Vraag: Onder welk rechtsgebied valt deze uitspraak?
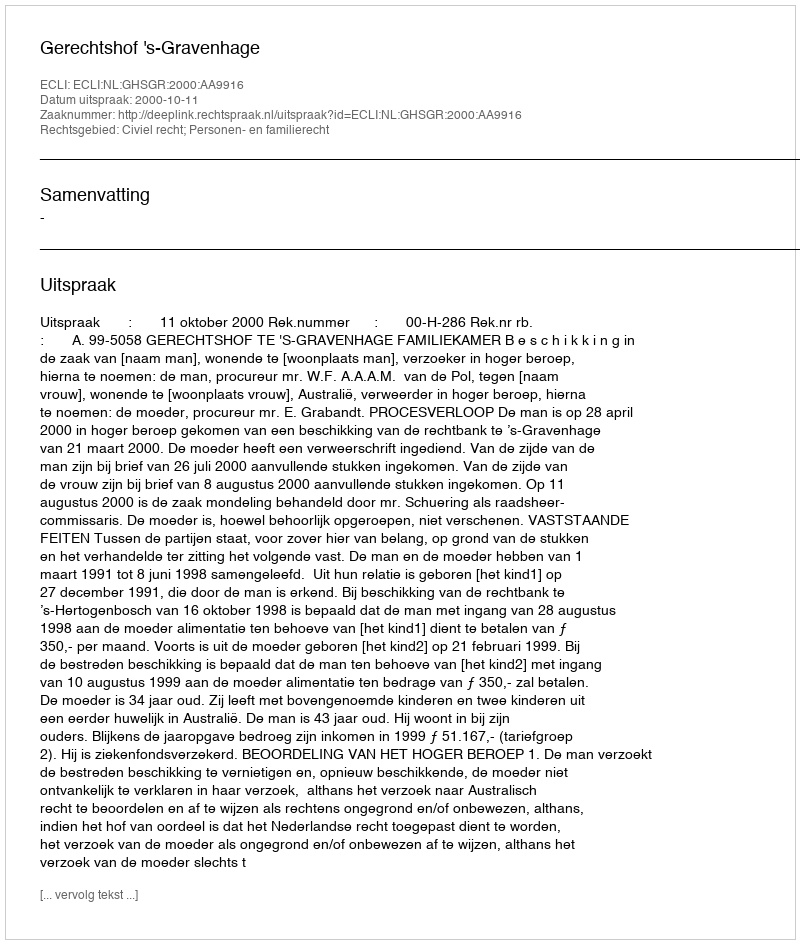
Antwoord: Civiel recht; Personen- en familierecht